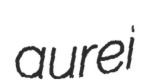
aurei